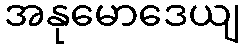
အနုမောဒေယျ